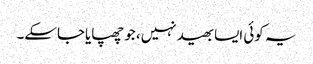
یہ کوئی ایسا بھید نہیں، جو چھپایاجاسکے۔